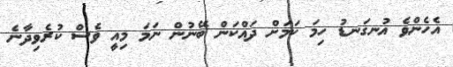
އެހެންވެ އުނގަނޑު ހިމަ ކަމަށް ދައްކަން ބޭނުން ނަމަ މިއީ ވެސް ކުރެވިދާނެ